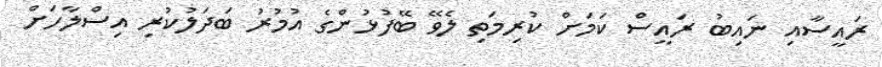
ރައީސާއި ނައިބު ރައީސް ކަމަށް ކުރިމަތި ލެވޭ ބޭފުޅުންގެ އުމުރު ބަދަލުކުރި އިސްލާހަށް